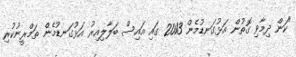
"ކަން ދިމާވި ގޮތުން އަޅުގަނޑުމެން 2013 ގައި އައިސް ބަލާލިއިރު އަޅުގަނޑުމެން ތަމްރީނުކުރި